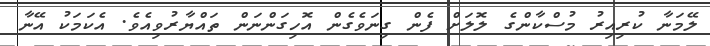
ލޭމަނާ ކުރިއިރު މުސްކާންގެ ލޮލަށް ފެން ގިނަވެގެން އޮހިގަންނަން ތައްޔާރުވިއެވެ. އެކަމަކު އޭނާ